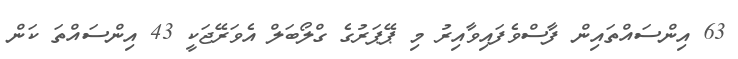
63 އިންސައްތައިން ފާސްވެފައިވާއިރު މި ޕޭޕަރުގެ ގްލޯބަލް އެވަރޭޖަކީ 43 އިންސައްތަ ކަން